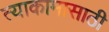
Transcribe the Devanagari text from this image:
त्याकामासाठी